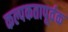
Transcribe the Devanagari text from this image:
कल्पकतापूर्वक